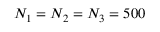
N _ { 1 } = N _ { 2 } = N _ { 3 } = 5 0 0